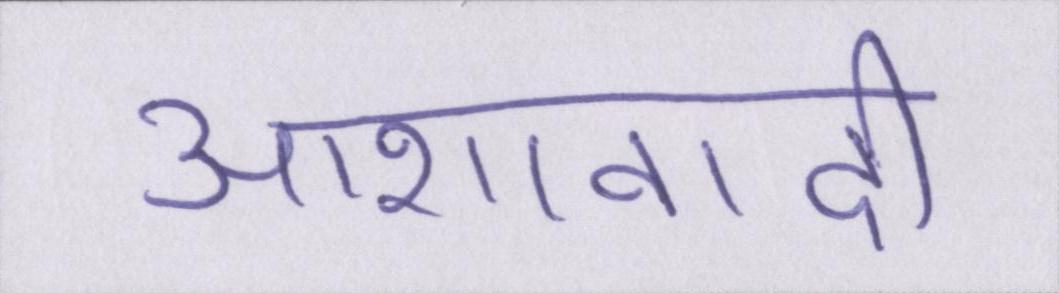
आशावादी